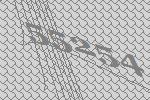
55254